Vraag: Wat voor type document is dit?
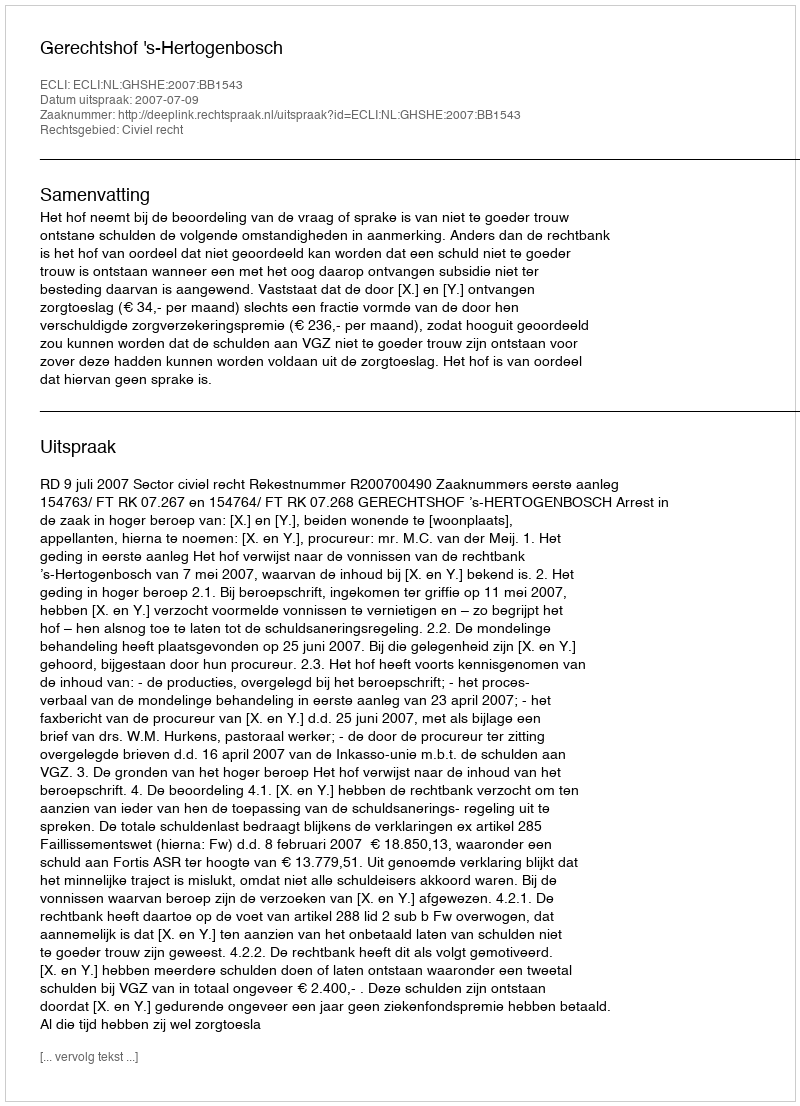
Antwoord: Uitspraak